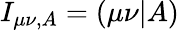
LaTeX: I_{\mu\nu,A}=(\mu\nu|A)